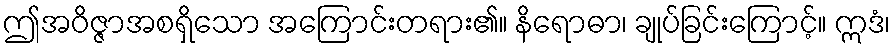
ဤအဝိဇ္ဇာအစရှိသော အကြောင်းတရား၏။ နိရောဓာ၊ ချုပ်ခြင်းကြောင့်။ ဣဒံ၊